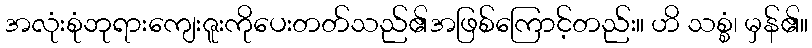
အလုံးစုံဘုရားကျေးဇူးကိုပေးတတ်သည်၏အဖြစ်ကြောင့်တည်း။ ဟိ သစ္စံ၊ မှန်၏။